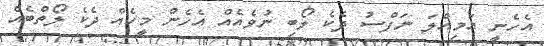
އެހެނީ އަމިއްލަ ނަފްސު ދެކެ ލޯބި ނުވެއެއް އެހެން މީހެއް ދެކެ ލޯތްބެއް